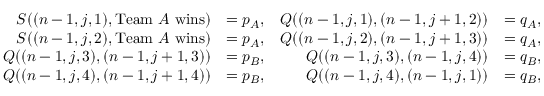
\begin{array} { r l r l } { S ( ( n - 1 , j , 1 ) , \mathrm { T e a m ~ } A \mathrm { ~ w i n s } ) } & { = p _ { A } , } & { Q ( ( n - 1 , j , 1 ) , ( n - 1 , j + 1 , 2 ) ) } & { = q _ { A } , } \\ { S ( ( n - 1 , j , 2 ) , \mathrm { T e a m ~ } A \mathrm { ~ w i n s } ) } & { = p _ { A } , } & { Q ( ( n - 1 , j , 2 ) , ( n - 1 , j + 1 , 3 ) ) } & { = q _ { A } , } \\ { Q ( ( n - 1 , j , 3 ) , ( n - 1 , j + 1 , 3 ) ) } & { = p _ { B } , } & { Q ( ( n - 1 , j , 3 ) , ( n - 1 , j , 4 ) ) } & { = q _ { B } , } \\ { Q ( ( n - 1 , j , 4 ) , ( n - 1 , j + 1 , 4 ) ) } & { = p _ { B } , } & { Q ( ( n - 1 , j , 4 ) , ( n - 1 , j , 1 ) ) } & { = q _ { B } , } \end{array}